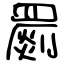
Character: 罽